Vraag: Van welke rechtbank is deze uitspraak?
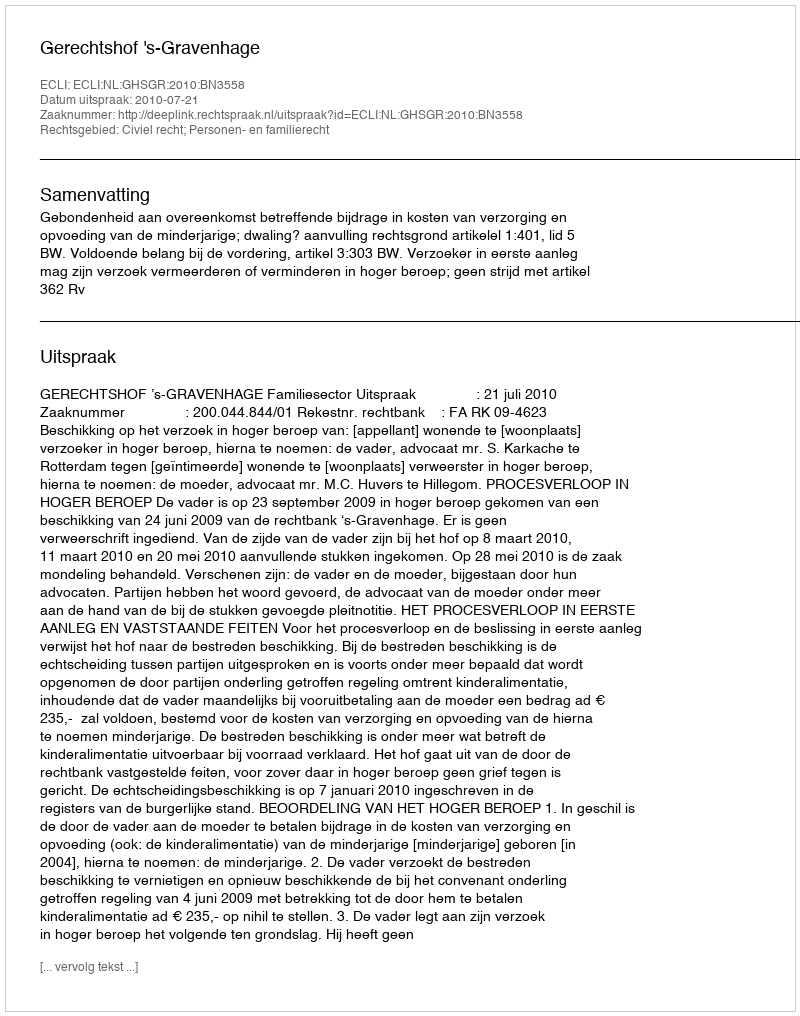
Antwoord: Gerechtshof 's-Gravenhage